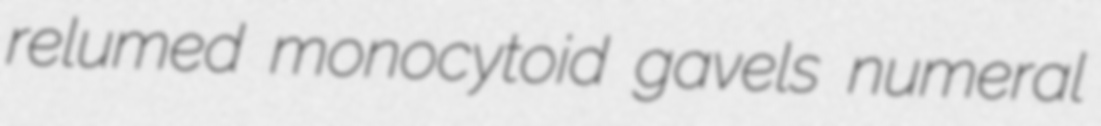
relumed monocytoid gavels numeral